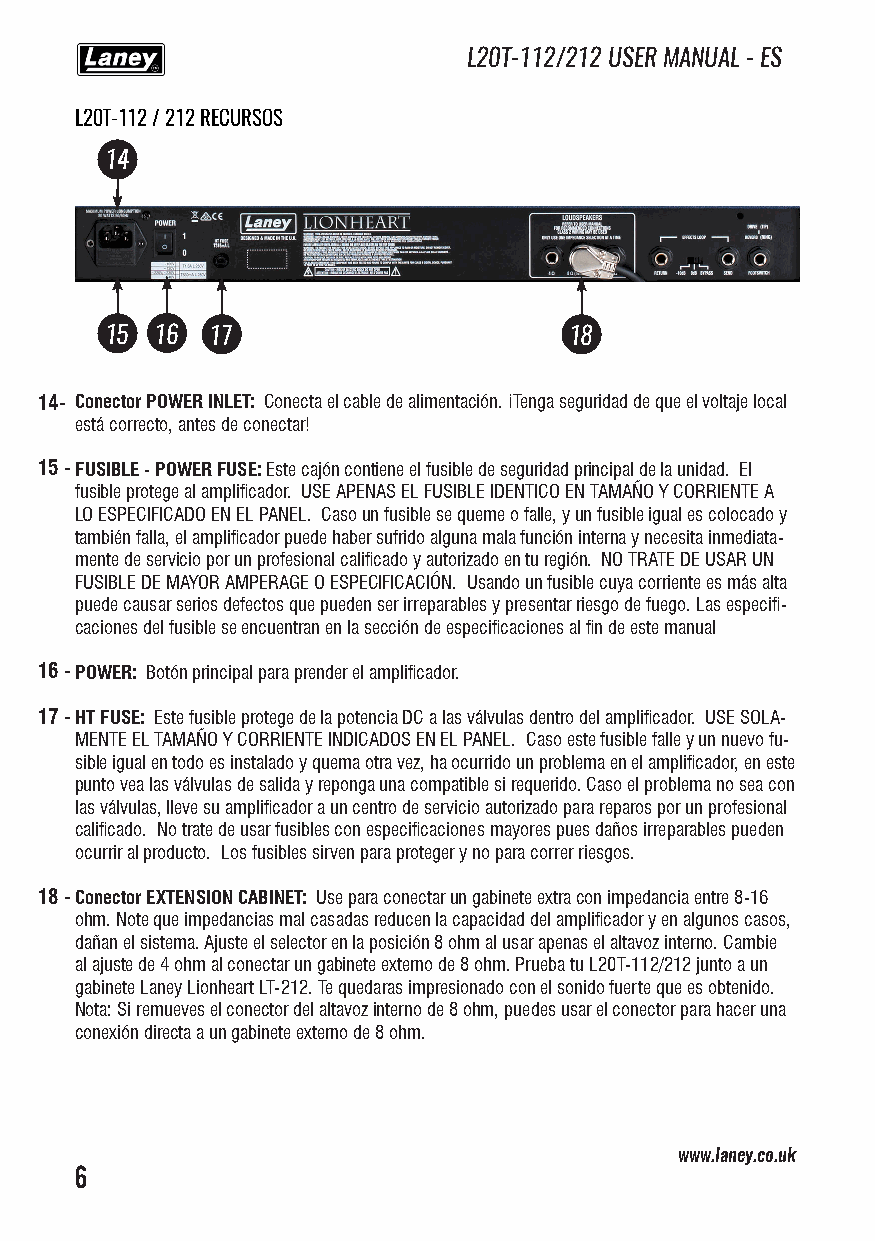
L20T-112/212 USER MANUAL - ES
 L20T-112 / 212 RECURSOS
 14
 15 16  17                      18
 14- Conector POWER INLET: Conecta el cable de alimentación. ¡Tenga seguridad de que el voltaje local
 está correcto, antes de conectar!
 15 -FUSIBLE - POWER FUSE: Este cajón contiene el fusible de seguridad principal de la unidad. El
 fusible protege al amplificador. USE APENAS EL FUSIBLE IDENTICO EN TAMAÑO Y CORRIENTE A
 LO ESPECIFICADO EN EL PANEL. Caso un fusible se queme o falle, y un fusible igual es colocado y
 también falla, el amplificador puede haber sufrido alguna mala función interna y necesita inmediata-
 mente de servicio por un profesional calificado y autorizado en tu región. NO TRATE DE USAR UN
 FUSIBLE DE MAYOR AMPERAGE O ESPECIFICACIÓN. Usando un fusible cuya corriente es más alta
 puede causar serios defectos que pueden ser irreparables y presentar riesgo de fuego. Las especifi-
 caciones del fusible se encuentran en la sección de especificaciones al fin de este manual
 16 -POWER: Botón principal para prender el amplificador.
 17 -HT FUSE: Este fusible protege de la potencia DC a las válvulas dentro del amplificador. USE SOLA-
 MENTE EL TAMAÑO Y CORRIENTE INDICADOS EN EL PANEL. Caso este fusible falle y un nuevo fu-
 sible igual en todo es instalado y quema otra vez, ha ocurrido un problema en el amplificador, en este
 punto vea las válvulas de salida y reponga una compatible si requerido. Caso el problema no sea con
 las válvulas, lleve su amplificador a un centro de servicio autorizado para reparos por un profesional
 calificado. No trate de usar fusibles con especificaciones mayores pues daños irreparables pueden
 ocurrir al producto. Los fusibles sirven para proteger y no para correr riesgos.
 18 -Conector EXTENSION CABINET: Use para conectar un gabinete extra con impedancia entre 8-16
 ohm. Note que impedancias mal casadas reducen la capacidad del amplificador y en algunos casos,
 dañan el sistema. Ajuste el selector en la posición 8 ohm al usar apenas el altavoz interno. Cambie
 al ajuste de 4 ohm al conectar un gabinete externo de 8 ohm. Prueba tu L20T-112/212 junto a un
 gabinete Laney Lionheart LT-212. Te quedaras impresionado con el sonido fuerte que es obtenido.
 Nota: Si remueves el conector del altavoz interno de 8 ohm, puedes usar el conector para hacer una
 conexión directa a un gabinete externo de 8 ohm.
 www.laney.co.uk
 6